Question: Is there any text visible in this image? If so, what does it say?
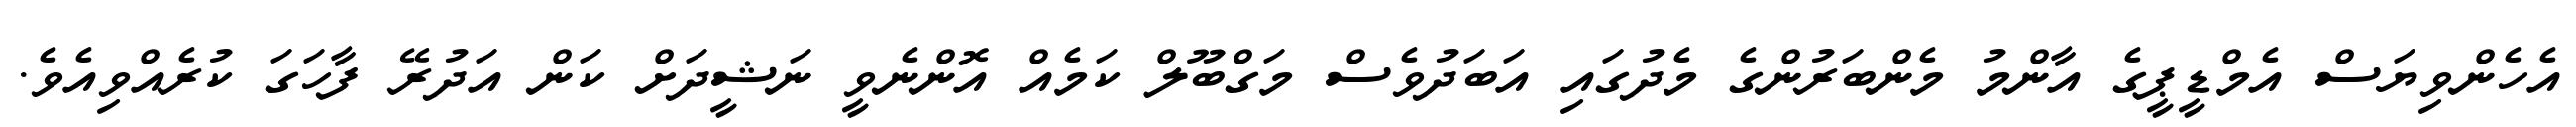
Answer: އެހެންވިޔަސް އެމްޑީޕީގެ އާންމު މެންބަރުންގެ މެދުގައި އަބަދުވެސް މަގްބޫލް ކަމެއް އޮންނެވީ ނަޝީދަށް ކަން އަދުރޭ ފާހަގަ ކުރެއްވިއެވެ.